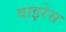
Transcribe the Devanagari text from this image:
वाइरेस